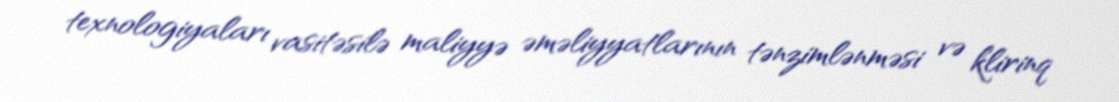
texnologiyaları vasitəsilə maliyyə əməliyyatlarının tənzimlənməsi və klirinq